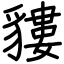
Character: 貗